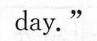
day."